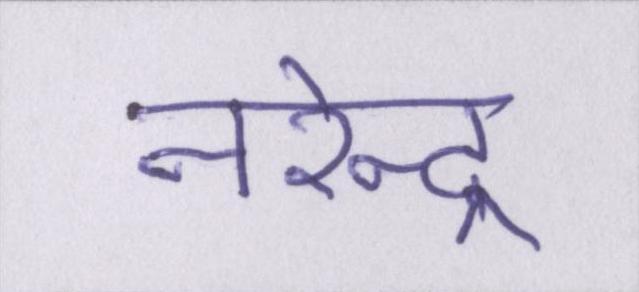
नरेन्द्र